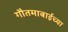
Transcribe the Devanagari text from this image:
गौतमाबाईच्या